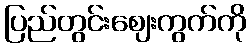
ပြည်တွင်းဈေးကွက်ကို